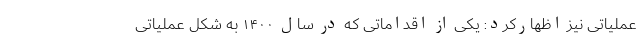
عملیاتی نیز اظهارکرد: یکی از اقداماتی که در سال ۱۴۰۰ به شکل عملیاتی